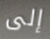
إلى